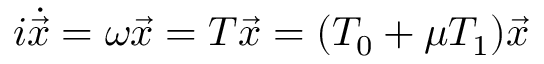
i \dot { \vec { x } } = \omega \vec { x } = T \vec { x } = ( T _ { 0 } + \mu T _ { 1 } ) \vec { x }